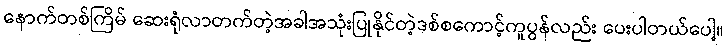
နောက်တစ်ကြိမ် ဆေးရုံလာတက်တဲ့အခါအသုံးပြုနိုင်တဲ့ဒစ်စကောင့်ကူပွန်လည်း ပေးပါတယ်ပေါ့။